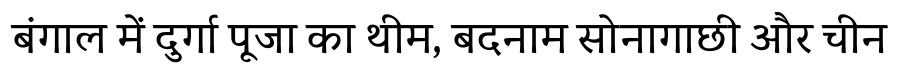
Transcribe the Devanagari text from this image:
बंगाल में दुर्गा पूजा का थीम, बदनाम सोनागाछी और चीन